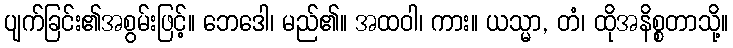
ပျက်ခြင်း၏အစွမ်းဖြင့်။ ဘေဒေါ၊ မည်၏။ အထဝါ၊ ကား။ ယသ္မာ, တံ၊ ထိုအနိစ္စတာသို့။